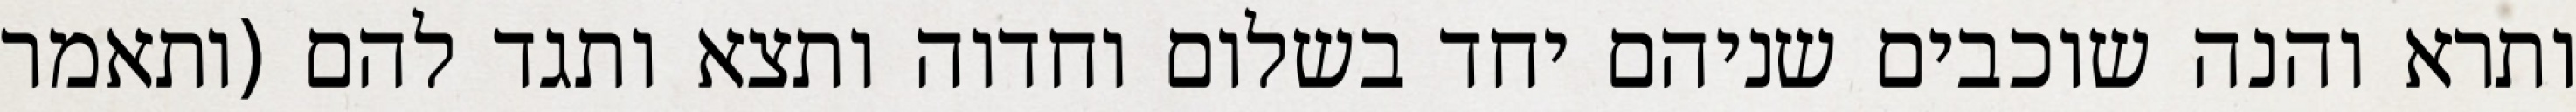
ותרא והנה שוכבים שניהם יחד בשלום וחדוה ותצא ותגד להם (ותאמר